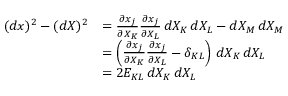
{ \begin{array} { r l } { ( d x ) ^ { 2 } - ( d X ) ^ { 2 } } & { = { \frac { \partial x _ { j } } { \partial X _ { K } } } { \frac { \partial x _ { j } } { \partial X _ { L } } } \, d X _ { K } \, d X _ { L } - d X _ { M } \, d X _ { M } } \\ & { = \left( { \frac { \partial x _ { j } } { \partial X _ { K } } } { \frac { \partial x _ { j } } { \partial X _ { L } } } - \delta _ { K L } \right) \, d X _ { K } \, d X _ { L } } \\ & { = 2 E _ { K L } \, d X _ { K } \, d X _ { L } } \end{array} }